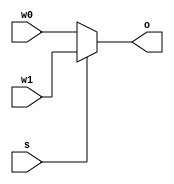
`timescale 1ns / 1ps

module MUX#(parameter WIDTH = 32)(
    input  s,
    input [WIDTH-1:0] w0,w1,
    output reg [WIDTH-1:0] o
    );
    always @(*) begin
        if(s) o=w1;
        else o=w0;
    end
endmodule